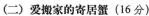
(二)爱搬家的寄居蟹(16分)